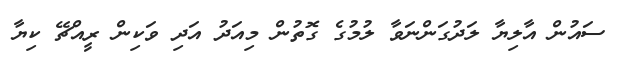
ސައުން އާލިޔާ ލަދުގަންނަވާ ލުމުގެ ގޮތުން މިއަދު އަދި ވަކިން ރީއްޗޭ ކިޔާ